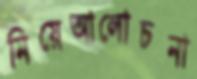
নিয়েআলোচনা